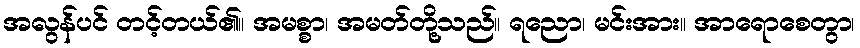
အလွန်ပင် တင့်တယ်၏။ အမစ္စာ၊ အမတ်တို့သည်။ ရညော၊ မင်းအား။ အာရောစေတွာ၊